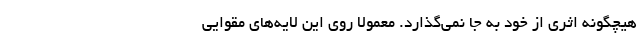
هیچگونه اثری از خود به جا نمی‌گذارد. معمولاً روی این لایه‌های مقوایی